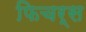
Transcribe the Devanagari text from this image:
फिचर्स